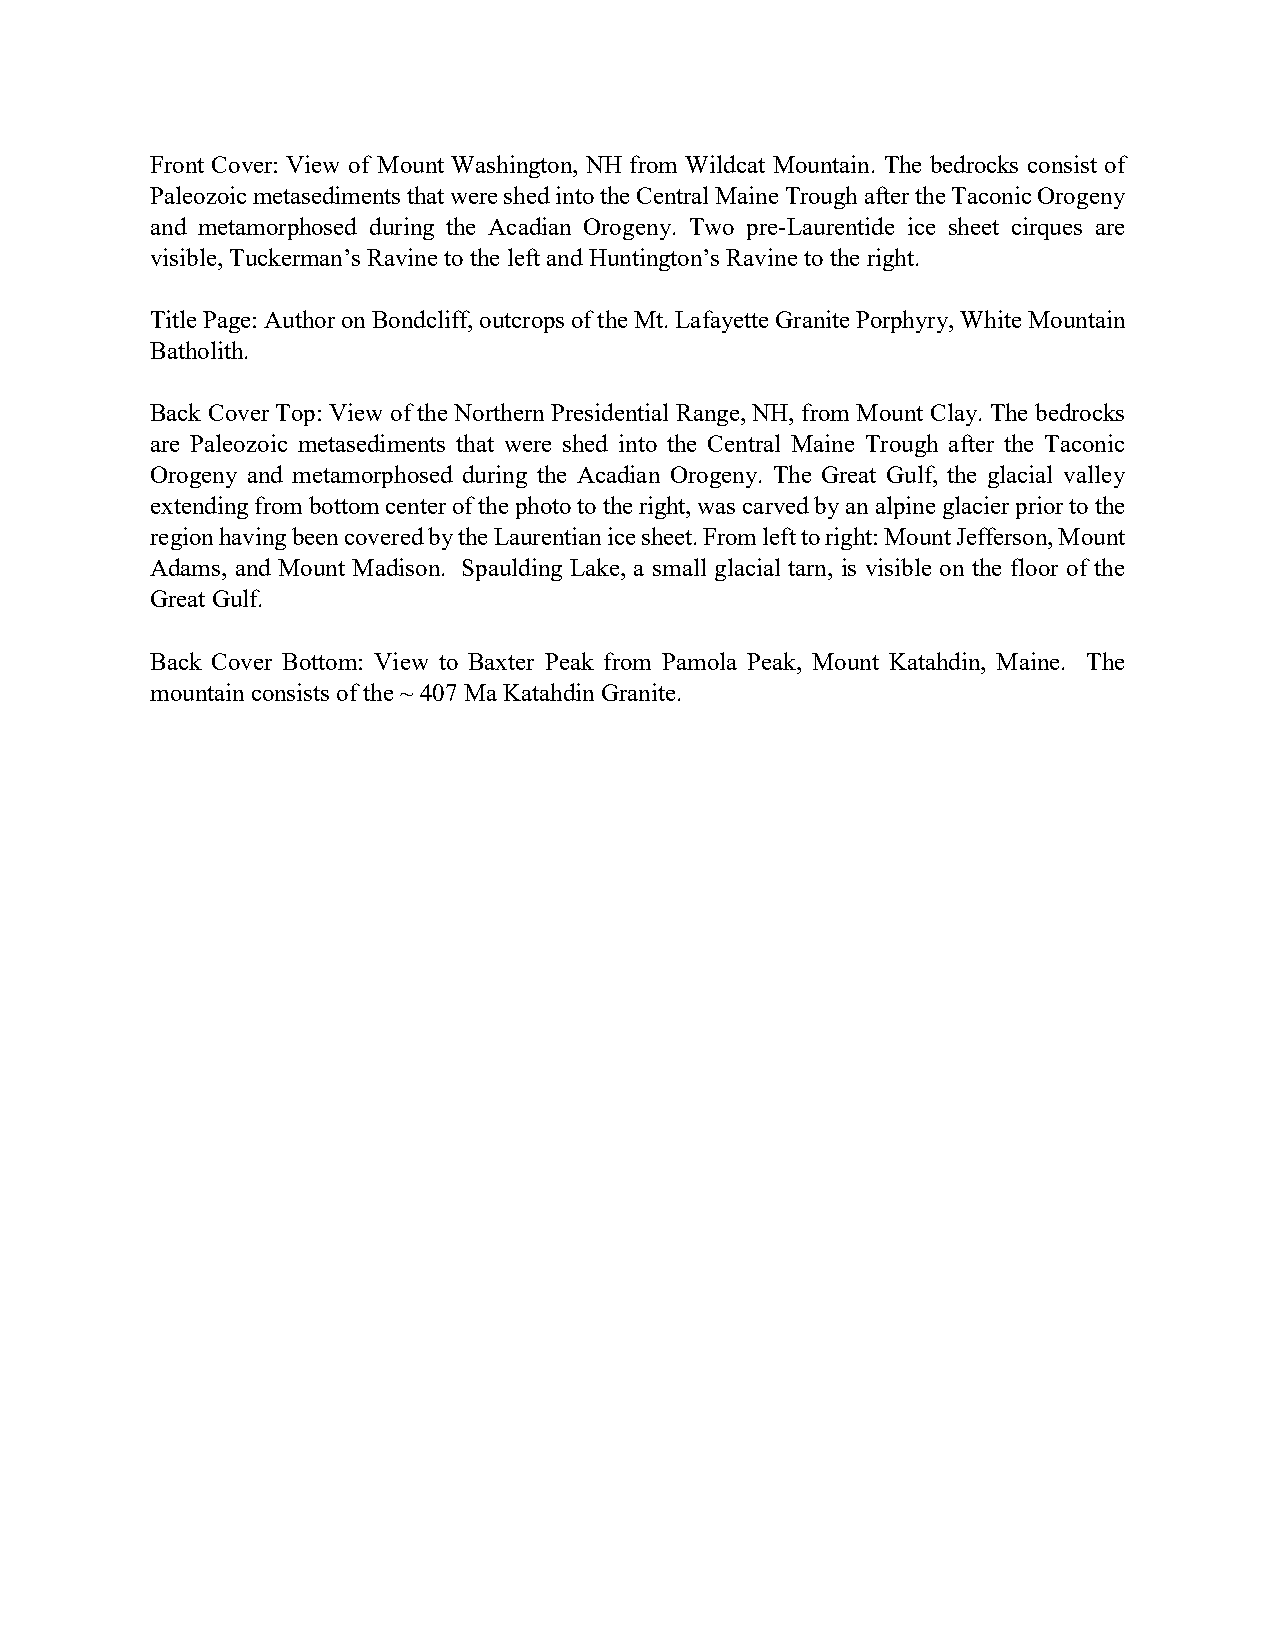
Front Cover: View of Mount Washington, NH from Wildcat Mountain. The bedrocks consist of
 Paleozoic metasediments that were shed into the Central Maine Trough after the Taconic Orogeny
 and metamorphosed during the Acadian Orogeny. Two pre-Laurentide ice sheet cirques are
 visible, Tuckerman’s Ravine to the left and Huntington’s Ravine to the right.
 Title Page: Author on Bondcliff, outcrops of the Mt. Lafayette Granite Porphyry, White Mountain
 Batholith.
 Back Cover Top: View of the Northern Presidential Range, NH, from Mount Clay. The bedrocks
 are Paleozoic metasediments that were shed into the Central Maine Trough after the Taconic
 Orogeny and metamorphosed during the Acadian Orogeny. The Great Gulf, the glacial valley
 extending from bottom center of the photo to the right, was carved by an alpine glacier prior to the
 region having been covered by the Laurentian ice sheet. From left to right: Mount Jefferson, Mount
 Adams, and Mount Madison. Spaulding Lake, a small glacial tarn, is visible on the floor of the
 Great Gulf.
 Back Cover Bottom: View to Baxter Peak from Pamola Peak, Mount Katahdin, Maine. The
 mountain consists of the ~ 407 Ma Katahdin Granite.